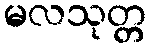
မလသုတ္တ